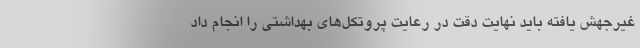
غیرجهش یافته باید نهایت دقت در رعایت پروتکل‌های بهداشتی را انجام داد